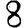
Digit: 8